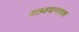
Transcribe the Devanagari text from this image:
वातकफनाशक